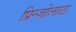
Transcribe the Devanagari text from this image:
प्रिन्जोलाटा